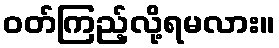
ဝတ်ကြည့်လို့ရမလား။